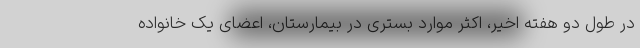
در طول دو هفته اخیر، اکثر موارد بستری در بیمارستان، اعضای یک خانواده